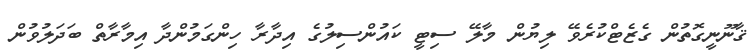
ޤާނޫނީގޮތުން ގެޒެޓްކުރެވޭ ލިޔުން މާލޭ ސިޓީ ކައުންސިލުގެ އިދާރާ ހިންގަމުންދާ އިމާރާތް ބަދަލުވުން